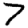
Digit: 7